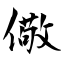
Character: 儆